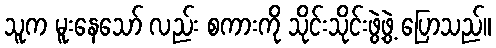
သူက မူးနေသော် လည်း စကားကို သိုင်းသိုင်းဖွဲ့ဖွဲ့ ပြောသည်။